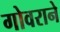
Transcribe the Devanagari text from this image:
गोवराने